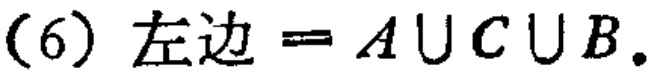
(6) 左边 = \(A\cup C\cup B\).